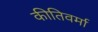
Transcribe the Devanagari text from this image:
कीतिवर्मा